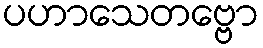
ပဟာသေတဗ္ဗော